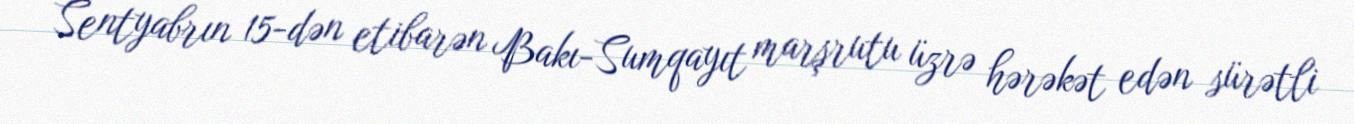
Sentyabrın 15-dən etibarən Bakı-Sumqayıt marşrutu üzrə hərəkət edən sürətli